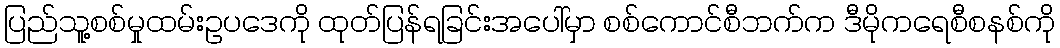
ပြည်သူ့စစ်မှုထမ်းဥပဒေကို ထုတ်ပြန်ရခြင်းအပေါ်မှာ စစ်ကောင်စီဘက်က ဒီမိုကရေစီစနစ်ကို